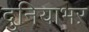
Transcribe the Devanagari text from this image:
दुनियाभऱ